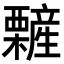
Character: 𣠁